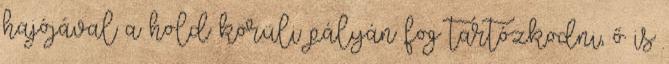
hajójával a hold körüli pályán fog tartózkodni, ő is